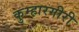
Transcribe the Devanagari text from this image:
कुम्हारगीरी